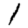
Digit: 1